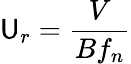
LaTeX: \mathsf{U}_{r}=\frac{{V}}{{Bf_{n}}}